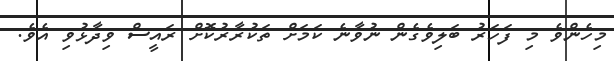
މިހެންވެ މި ފަހަރު ބަލިވެގެން ނުވާނެ ކަމަށް ތަކުރާރުކޮށް ރައީސް ވިދާޅުވި އެވެ.